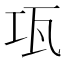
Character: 瓨